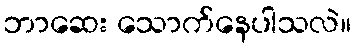
ဘာဆေး သောက်နေပါသလဲ။